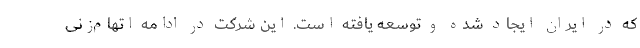
که در ایران ایجاد شده و توسعه یافته است. این شرکت در ادامه اتهام‌زنی